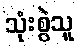
သုံးစွဲသူ